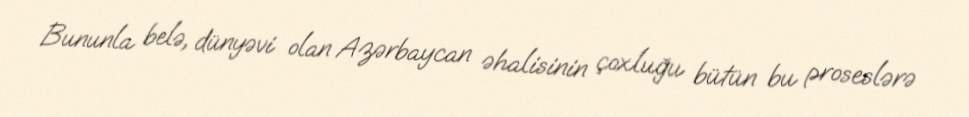
Bununla belə, dünyəvi olan Azərbaycan əhalisinin çoxluğu bütün bu proseslərə